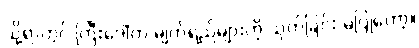
သို့ရာတွင် ကြီးဒေါ်က မျက်ရည်များကို သုတ်ခြင်း မပြုတော့။